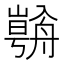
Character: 𱽀